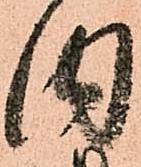
内